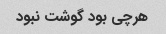
هرچی بود گوشت نبود